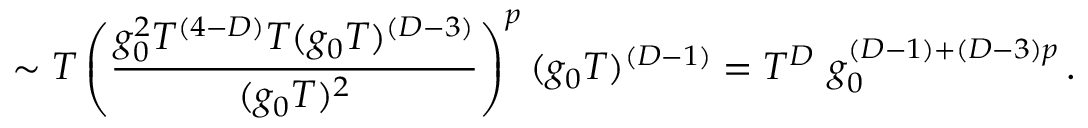
\sim T \left( { \frac { g _ { 0 } ^ { 2 } T ^ { ( 4 - D ) } T ( g _ { 0 } T ) ^ { ( D - 3 ) } } { ( g _ { 0 } T ) ^ { 2 } } } \right) ^ { p } ( g _ { 0 } T ) ^ { ( D - 1 ) } = T ^ { D } \ g _ { 0 } ^ { ( D - 1 ) + ( D - 3 ) p } \, .